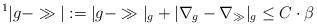
LaTeX: \begin{align*}{}^1|g-\gg|:=|g-\gg|_g+|\nabla_g-\nabla_\gg|_g \leq C\cdot \beta \end{align*}